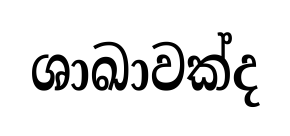
ශාඛාවක්ද